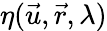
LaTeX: \eta(\vec{u},\vec{r},\lambda)